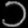
Digit: ၁